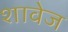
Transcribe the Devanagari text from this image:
शावेज